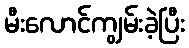
မီးလောင်ကျွမ်းခဲ့ပြီး